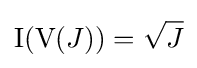
{\hbox{I}}({\hbox{V}}(J))={\sqrt {J}}